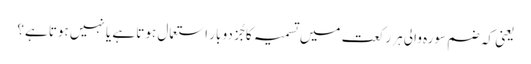
یعنی کہ ضم سورہ والی ہر رکعت میں تسمیہ کا جُز دو بار استعمال ہوتا ہے یا نہیں ہوتا ہے؟